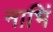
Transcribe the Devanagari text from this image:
नाभिं